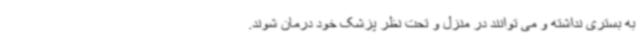
به بستری نداشته و می توانند در منزل و تحت نظر پزشک خود درمان شوند.